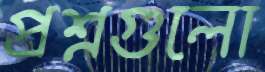
প্রশ্নগুলো